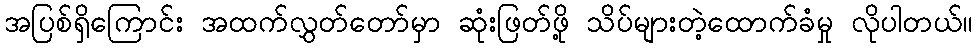
အပြစ်ရှိကြောင်း အထက်လွှတ်တော်မှာ ဆုံးဖြတ်ဖို့ သိပ်များတဲ့ထောက်ခံမှု လိုပါတယ်။